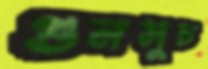
গুনসুচ